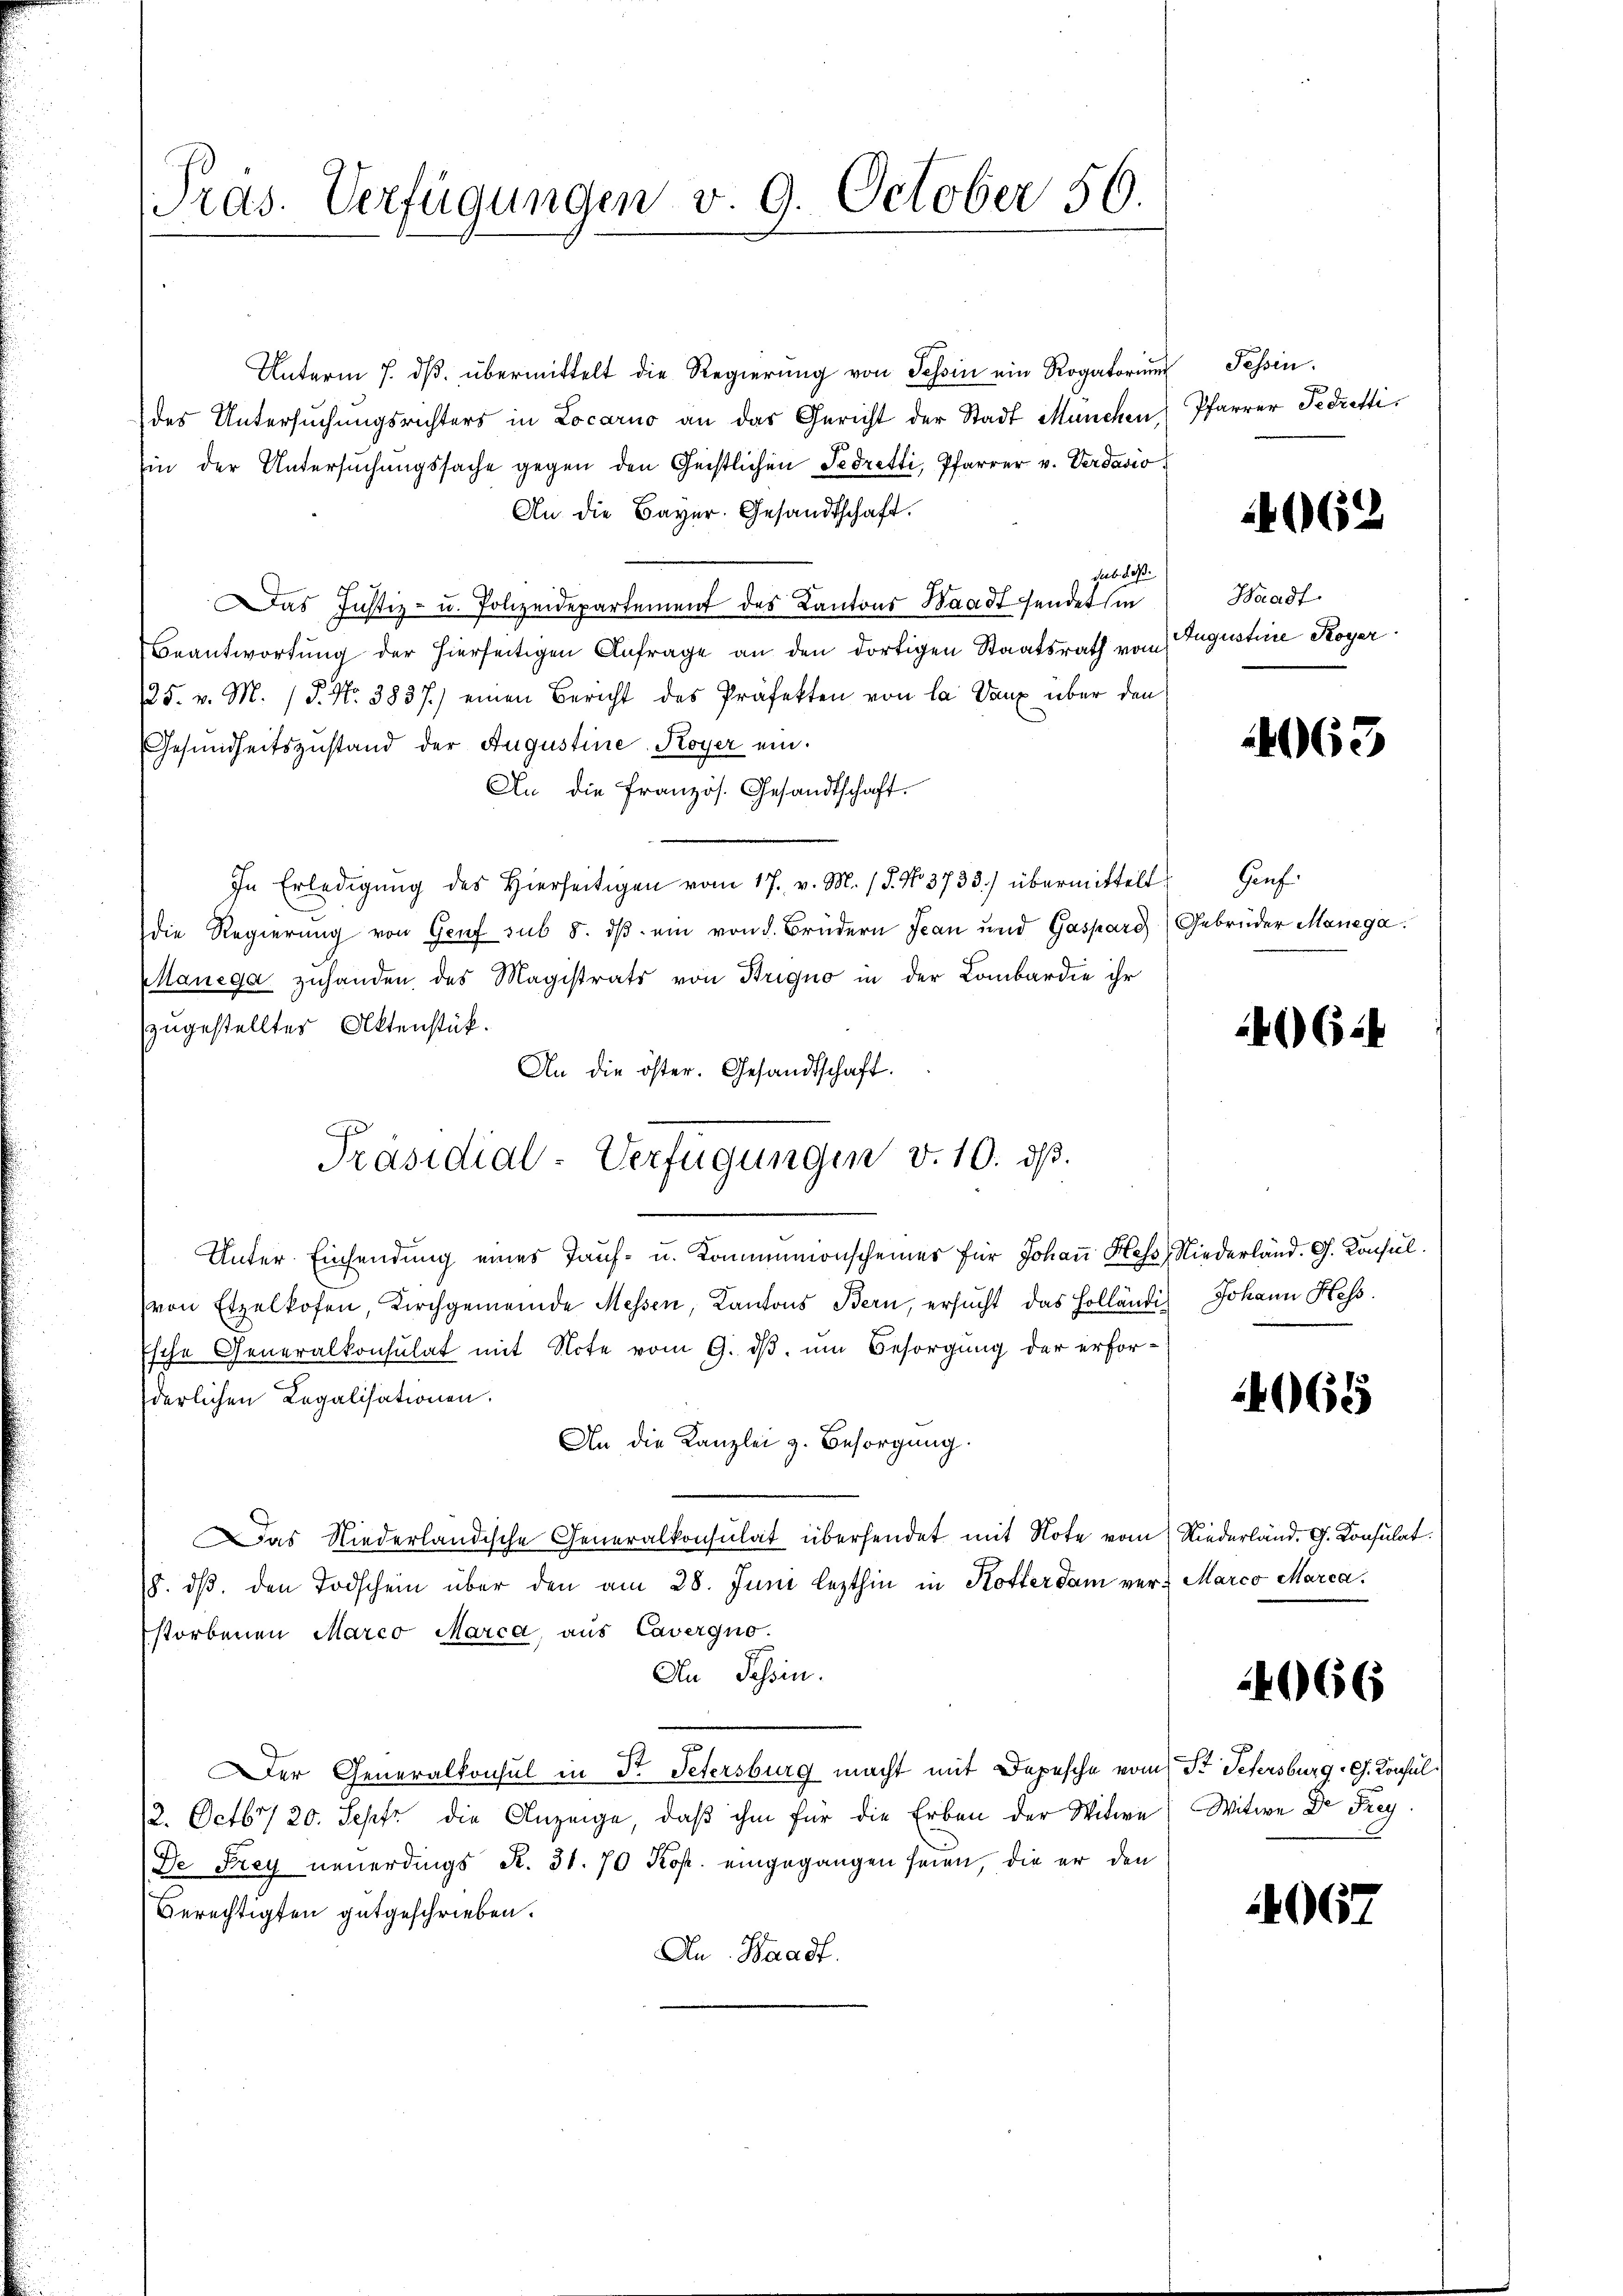
ras. Verfügungen v. 9. October 50.

Unterm 7. dβ. übermittelt die Regierŭng von Tessin ein Rogatorium
des Untersuchungsrichters in Locarno an das Gericht der Stadt München
in der Untersuchungssache gegen den Geistlichen Fedretti, Pfarrer v. Verdasio
An die Bayer. Gesandtschaft.
sub das
Das Justiz- u. Polizeidepartement des Kantons Waadt sendet sin
Beantwortung der hierseitigen Anfrage an den dortigen Staatsrath vom
25. v. M. / 5. No. 3837.) einen Bericht des Präfekten von la Dann über den
Gesundheitszustand der Augustine Koyer ein.
An die französ. Gesandtschaft.
In Erledigŭng des Hierseitigen vom 17. v. M. (S. No. 3733.) übermittelt.
die Regierung von Graf sub 8. dβ ein von d. Brüdern Jean und Gaspare
MManega zuhanden des Magistrats von Brigno in der Lombardie ihr
zugestelltes Aktenstück.
An die öster. Gesandtschaft.
Unter-Einsendung eines Tauf- u. Kommunionscheiner für Johaṅ Hess, Niederländ. G. Konsulvon Etzelkofen, Kirchgemeinde Messen, Kantons Bern, ersucht das Holländis Johann Hess.
Esche Generalkonsulat mit Note vom 9. dβ, um Besorgung der erforderlichen Legalisationen.
An die Kanzlei z. Besorgung.
Das Niederländische Generalkonsulat übersendet mit Note vom Niederländ. G. Konsulat
(8. dβ. den Todschein über den am 28. Juni lezthin in Kotterdam ver- Marco Marca,
storbenen Marco Marca, aus Cavergno.
An Passin.
Der Generalkonsul in Dr. Petersburg macht mit Depesche vom St. Petersburg Ch. Konsul
2. Octbr. 20. Septe die Anzeige, daβ ihm für die Erben der Witwe Witwe Dr Frey
De Frey neuerdings R. 31. 70 Kop. eingegangen seien, die er den
Berechtigten gutgeschrieben.
An Waadt.

Präsidial-Verfügungen v. 10. ds.

Tessin.
Pfarrer Fedretti.

4062

Waadt
Augustine Koyer

4063

Gauf.
Gebrüder Manega

) 24

4065

2066

067